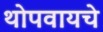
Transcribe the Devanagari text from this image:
थोपवायचे